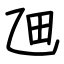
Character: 乪